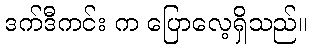
ဒက်ဒီကင်း က ပြောလေ့ရှိသည်။